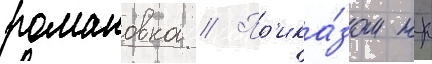
романовка // Пр'ика́зом нк